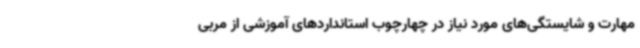
مهارت و شایستگی‌های مورد نیاز در چهارچوب استانداردهای آموزشی از مربی